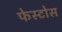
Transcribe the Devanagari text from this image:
फेस्टोस